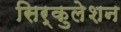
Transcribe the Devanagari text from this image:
सिर्कुलेशन